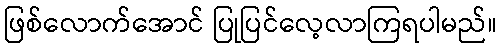
ဖြစ်လောက်အောင် ပြုပြင်လေ့လာကြရပါမည်။